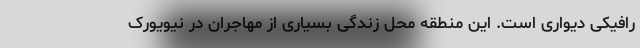
رافیکی دیواری است. این منطقه محل زندگی بسیاری از مهاجران در نیویورک